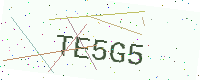
Text: TE5G5